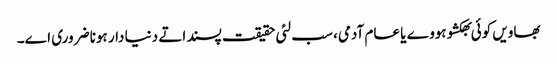
بھاویں کوئی بھکشو ہووے یا عام آدمی، سب لئی حقیقت پسند اتے دنیا دار ہونا ضروری اے۔